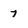
Character: 7